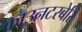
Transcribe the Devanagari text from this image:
काउनटरबेरि